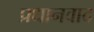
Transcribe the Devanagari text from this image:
प्रधानवाद